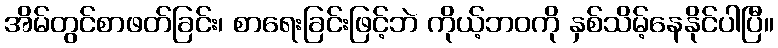
အိမ်တွင်စာဖတ်ခြင်း၊ စာရေးခြင်းဖြင့်ဘဲ ကိုယ့်ဘဝကို နှစ်သိမ့်နေနိုင်ပါပြီ။